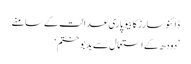
ڈائنوسارز کا بیوپاری عدالت کے سامنے
’دودھ کے استعمال سے بدبو ختم‘